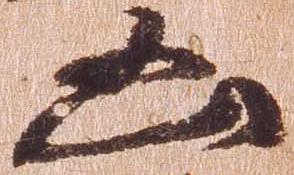
凶